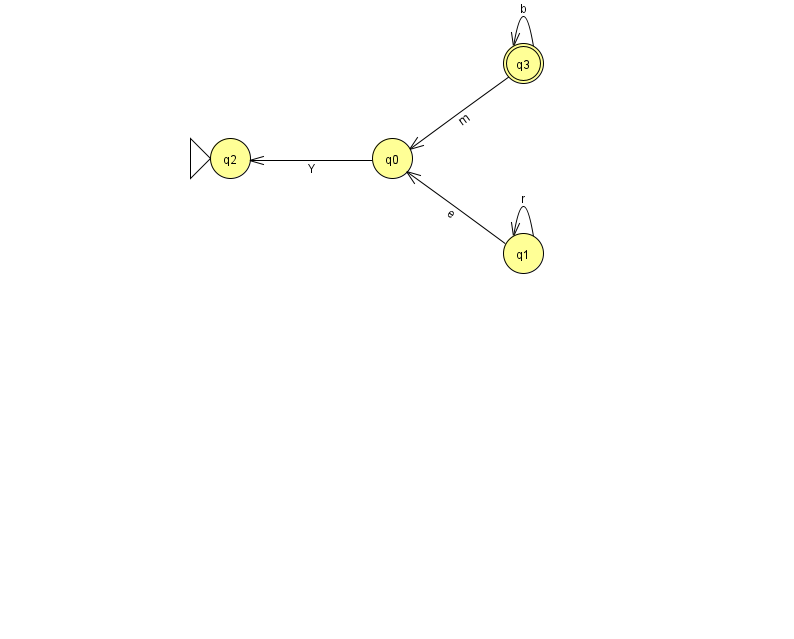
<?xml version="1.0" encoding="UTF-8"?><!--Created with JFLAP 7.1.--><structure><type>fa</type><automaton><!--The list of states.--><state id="0" name="q0"><x>392.0</x><y>145.0</y></state><state id="1" name="q1"><x>523.0</x><y>240.0</y></state><state id="2" name="q2"><x>230.0</x><y>145.0</y><initial/></state><state id="3" name="q3"><x>523.0</x><y>50.0</y><final/></state><!--The list of transitions.--><transition><from>3</from><to>0</to><read>m</read></transition><transition><from>1</from><to>1</to><read>r</read></transition><transition><from>3</from><to>3</to><read>b</read></transition><transition><from>1</from><to>0</to><read>e</read></transition><transition><from>0</from><to>2</to><read>Y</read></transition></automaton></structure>